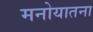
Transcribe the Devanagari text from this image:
मनोयातना